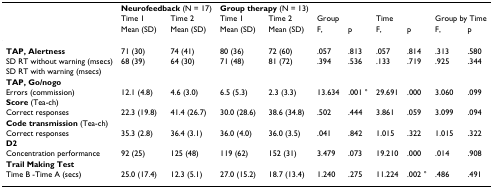
<table><thead><tr><td></td><td colspan="2"><b>Neurofeedback (N = 17)</b></td><td colspan="2"><b>Group therapy (N = 13)</b></td><td></td><td></td><td></td><td></td><td></td><td></td></tr><tr><td></td><td><b>Time 1</b></td><td><b>Time 2</b></td><td><b>Time 1</b></td><td><b>Time 2</b></td><td colspan="2"><b>Group</b></td><td colspan="2"><b>Time</b></td><td colspan="2"><b>Group by Time</b></td></tr><tr><td></td><td><b>Mean (SD)</b></td><td><b>Mean (SD)</b></td><td><b>Mean (SD)</b></td><td><b>Mean (SD)</b></td><td><b>F,</b></td><td><b>p</b></td><td><b>F,</b></td><td><b>p</b></td><td><b>F,</b></td><td><b>p</b></td></tr></thead><tbody><tr><td><b>TAP, Alertness</b></td><td>71 (30)</td><td>74 (41)</td><td>80 (36)</td><td>72 (60)</td><td>.057</td><td>.813</td><td>.057</td><td>.814</td><td>.313</td><td>.580</td></tr><tr><td>SD RT without warning (msecs)</td><td>68 (39)</td><td>64 (30)</td><td>71 (48)</td><td>81 (72)</td><td>.394</td><td>.536</td><td>.133</td><td>.719</td><td>.925</td><td>.344</td></tr><tr><td>SD RT with warning (msecs)</td><td></td><td></td><td></td><td></td><td></td><td></td><td></td><td></td><td></td><td></td></tr><tr><td><b>TAP, Go/nogo</b></td><td></td><td></td><td></td><td></td><td></td><td></td><td></td><td></td><td></td><td></td></tr><tr><td>Errors (commission)</td><td>12.1 (4.8)</td><td>4.6 (3.0)</td><td>6.5 (5.3)</td><td>2.3 (3.3)</td><td>13.634</td><td>.001 °</td><td>29.691</td><td>.000</td><td>3.060</td><td>.099</td></tr><tr><td><b>Score </b>(Tea-ch)</td><td></td><td></td><td></td><td></td><td></td><td></td><td></td><td></td><td></td><td></td></tr><tr><td>Correct responses</td><td>22.3 (19.8)</td><td>41.4 (26.7)</td><td>30.0 (28.6)</td><td>38.6 (34.8)</td><td>.502</td><td>.444</td><td>3.861</td><td>.059</td><td>3.099</td><td>.094</td></tr><tr><td><b>Code transmission </b>(Tea-ch)</td><td></td><td></td><td></td><td></td><td></td><td></td><td></td><td></td><td></td><td></td></tr><tr><td>Correct responses</td><td>35.3 (2.8)</td><td>36.4 (3.1)</td><td>36.0 (4.0)</td><td>36.0 (3.5)</td><td>.041</td><td>.842</td><td>1.015</td><td>.322</td><td>1.015</td><td>.322</td></tr><tr><td><b>D2</b></td><td></td><td></td><td></td><td></td><td></td><td></td><td></td><td></td><td></td><td></td></tr><tr><td>Concentration performance</td><td>92 (25)</td><td>125 (48)</td><td>119 (62)</td><td>152 (31)</td><td>3.479</td><td>.073</td><td>19.210</td><td>.000</td><td>.014</td><td>.908</td></tr><tr><td><b>Trail Making Test</b></td><td></td><td></td><td></td><td></td><td></td><td></td><td></td><td></td><td></td><td></td></tr><tr><td>Time B -Time A (secs)</td><td>25.0 (17.4)</td><td>12.3 (5.1)</td><td>27.0 (15.2)</td><td>18.7 (13.4)</td><td>1.240</td><td>.275</td><td>11.224</td><td>.002 °</td><td>.486</td><td>.491</td></tr></tbody></table>